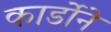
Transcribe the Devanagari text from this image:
कार्डोने